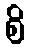
စိ